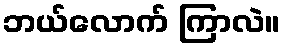
ဘယ်လောက် ကြာလဲ။